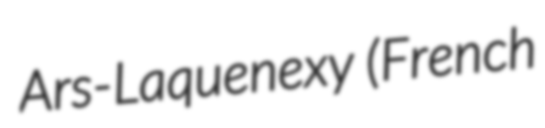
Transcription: Ars-Laquenexy (French